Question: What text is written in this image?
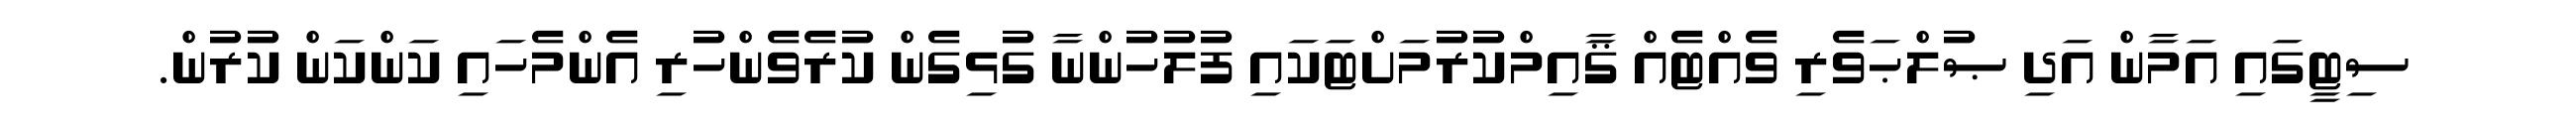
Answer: ސިޓީގައި އަމާން އަދި ޞުލްޙަވެރި ވެއްޓެއް ޤާއިމްކުރުމަށްޓަކައި ފުލުހުންނާ ގުޅިގެން ކުރެވެންހުރި އެންމެހައި ކަންކަން ކުރުން.